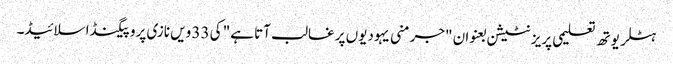
ہٹلر یوتھ تعلیمی پریزنٹیشن بعنوان "جرمنی یہودیوں پر غالب آتا ہے" کی 33 ویں نازی پروپیگنڈا سلائیڈ۔